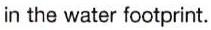
in the water footprint.